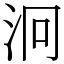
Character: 泂